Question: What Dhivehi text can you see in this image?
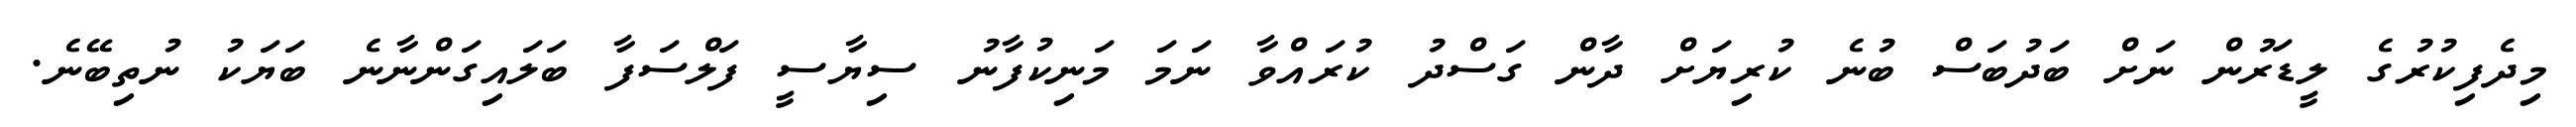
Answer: މިދެފިކުރުގެ ލީޑަރުން ނަށް ބަދުބަސް ބުނެ ކުރިޔަށް ދާން ގަސްދު ކުރައްވާ ނަމަ މަނިކުފާނު ސިޔާސީ ފަލްސަފާ ބަލައިގަންނާނެ ބަޔަކު ނުތިބޭނެ.